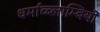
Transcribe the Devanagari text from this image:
धर्माव्ब्लाम्बियों